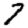
Digit: 7